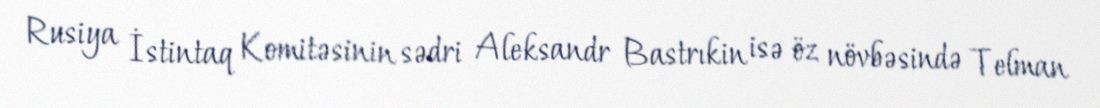
Rusiya İstintaq Komitəsinin sədri Aleksandr Bastrıkin isə öz növbəsində Telman